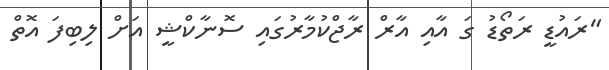
"ރައުޑީ ރަތޯޑު ގަ އާއި އާރް ރާޖްކުމާރުގައި ސޮނާކްޝީ އަށް ލިބިފަ އޮތް